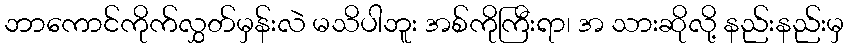
ဘာကောင်ကိုက်လွှတ်မှန်းလဲ မသိပါဘူး အစ်ကိုကြီးရာ၊ အ သားဆိုလို့ နည်းနည်းမှ